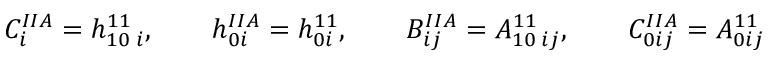
C _ { i } ^ { I I A } = h _ { 1 0 \; i } ^ { 1 1 } , \qquad h _ { 0 i } ^ { I I A } = h _ { 0 i } ^ { 1 1 } , \qquad B _ { i j } ^ { I I A } = A _ { 1 0 \; i j } ^ { 1 1 } , \qquad C _ { 0 i j } ^ { I I A } = A _ { 0 i j } ^ { 1 1 }